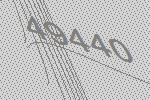
49440